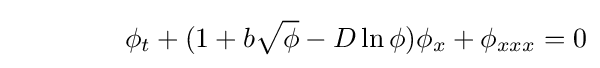
\qquad \qquad \phi _{t}+(1+b{\sqrt {\phi }}-D\ln \phi )\phi _{x}+\phi _{xxx}=0